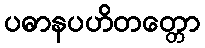
ပဓာနပဟိတတ္တော